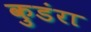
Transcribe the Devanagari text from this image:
कुडंरा